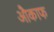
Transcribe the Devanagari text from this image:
औकाफ